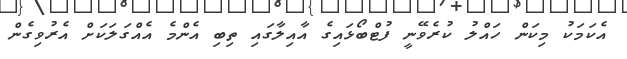
އެކަމަކު މިކަން ހައްލު ކުރެވޭނީ ފުޓްބޯޅައިގެ އާއިލާގައި ތިބި އެންމެ އެއްގަލަކަށް އެރުވިގެން